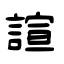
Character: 諠